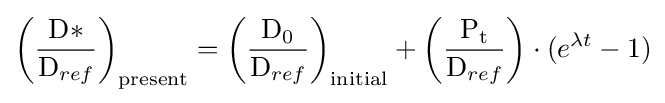
\left({\frac {\mathrm {D*} }{\mathrm {D} _{ref}}}\right)_{\mathrm {present} }=\left({\frac {\mathrm {D_{0}} }{\mathrm {D} _{ref}}}\right)_{\mathrm {initial} }+\left({\frac {\mathrm {P_{t}} }{\mathrm {D} _{ref}}}\right)\cdot (e^{\lambda t}-1)